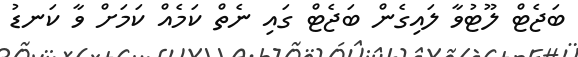
ބަޖެޓް ލޫޓުވާ ލައިގެން ބަޖެޓް ގައި ނެތް ކަމެއް ކަމަށް ވާ ކަނޑު